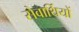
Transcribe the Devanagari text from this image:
सेवार्थियों